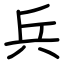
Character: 兵